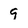
Character: 9